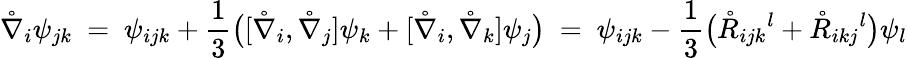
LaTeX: \mathring{\nabla}_{i}\psi_{jk}\ =\ \psi_{ijk}+\frac 13\big([\mathring{\nabla}_{i},\mathring{\nabla}_{j}]\psi_{k}+[\mathring{\nabla}_{i},\mathring{\nabla}_{k}]\psi_{j}\big)\ =\ \psi_{ijk}-\frac 13\big(\mathring{R}_{ijk}{}^{l}+\mathring{R}_{ikj}{}^{l}\big)\psi_{l}